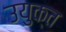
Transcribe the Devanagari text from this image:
उयुक्त